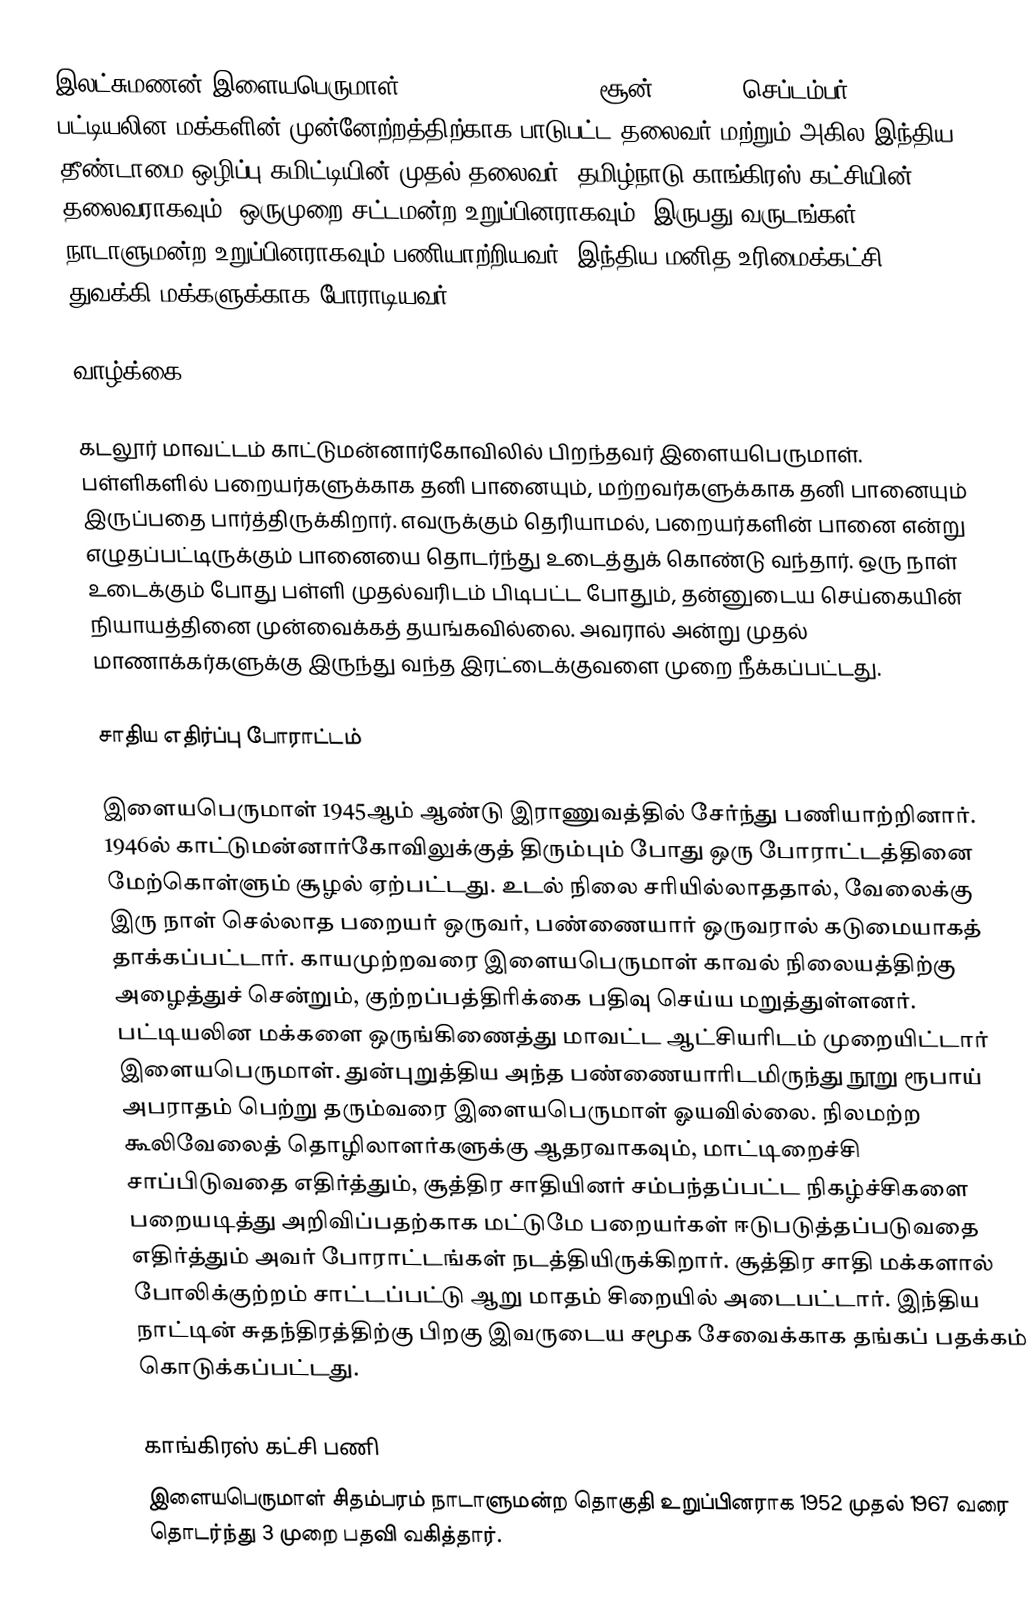
இலட்சுமணன் இளையபெருமாள் (L. Ilayaperumal, 26 சூன் 1924 - 8 செப்டம்பர் 2005) பட்டியலின மக்களின் முன்னேற்றத்திற்காக பாடுபட்ட தலைவர் மற்றும் அகில இந்திய தீண்டாமை ஒழிப்பு கமிட்டியின் முதல் தலைவர். தமிழ்நாடு காங்கிரஸ் கட்சியின் தலைவராகவும், ஒருமுறை சட்டமன்ற உறுப்பினராகவும், இருபது வருடங்கள் நாடாளுமன்ற உறுப்பினராகவும் பணியாற்றியவர். இந்திய மனித உரிமைக்கட்சி துவக்கி மக்களுக்காக போராடியவர்.

வாழ்க்கை

கடலூர் மாவட்டம்  காட்டுமன்னார்கோவிலில் பிறந்தவர் இளையபெருமாள். பள்ளிகளில் பறையர்களுக்காக தனி பானையும், மற்றவர்களுக்காக தனி பானையும் இருப்பதை பார்த்திருக்கிறார். எவருக்கும் தெரியாமல், பறையர்களின் பானை என்று எழுதப்பட்டிருக்கும் பானையை தொடர்ந்து உடைத்துக் கொண்டு வந்தார். ஒரு நாள் உடைக்கும் போது பள்ளி முதல்வரிடம் பிடிபட்ட போதும், தன்னுடைய செய்கையின் நியாயத்தினை முன்வைக்கத் தயங்கவில்லை. அவரால் அன்று முதல் மாணாக்கர்களுக்கு இருந்து வந்த இரட்டைக்குவளை முறை நீக்கப்பட்டது.

சாதிய எதிர்ப்பு போராட்டம்

இளையபெருமாள் 1945ஆம் ஆண்டு இராணுவத்தில் சேர்ந்து பணியாற்றினார். 1946ல்  காட்டுமன்னார்கோவிலுக்குத் திரும்பும் போது ஒரு போராட்டத்தினை மேற்கொள்ளும் சூழல் ஏற்பட்டது. உடல் நிலை சரியில்லாததால், வேலைக்கு இரு நாள் செல்லாத பறையர் ஒருவர், பண்ணையார் ஒருவரால் கடுமையாகத் தாக்கப்பட்டார். காயமுற்றவரை இளையபெருமாள் காவல் நிலையத்திற்கு அழைத்துச் சென்றும், குற்றப்பத்திரிக்கை பதிவு செய்ய மறுத்துள்ளனர். பட்டியலின மக்களை ஒருங்கிணைத்து மாவட்ட ஆட்சியரிடம் முறையிட்டார் இளையபெருமாள். துன்புறுத்திய அந்த பண்ணையாரிடமிருந்து நூறு ரூபாய் அபராதம் பெற்று தரும்வரை இளையபெருமாள் ஓயவில்லை. நிலமற்ற கூலிவேலைத் தொழிலாளர்களுக்கு ஆதரவாகவும், மாட்டிறைச்சி சாப்பிடுவதை எதிர்த்தும், சூத்திர சாதியினர் சம்பந்தப்பட்ட நிகழ்ச்சிகளை பறையடித்து அறிவிப்பதற்காக மட்டுமே பறையர்கள்  ஈடுபடுத்தப்படுவதை எதிர்த்தும் அவர் போராட்டங்கள் நடத்தியிருக்கிறார். சூத்திர சாதி மக்களால் போலிக்குற்றம் சாட்டப்பட்டு ஆறு மாதம் சிறையில் அடைபட்டார். இந்திய நாட்டின் சுதந்திரத்திற்கு பிறகு இவருடைய சமூக சேவைக்காக தங்கப் பதக்கம் கொடுக்கப்பட்டது.

காங்கிரஸ் கட்சி பணி
இளையபெருமாள் சிதம்பரம் நாடாளுமன்ற தொகுதி உறுப்பினராக 1952 முதல் 1967 வரை தொடர்ந்து 3 முறை பதவி வகித்தார்.